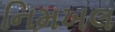
નિમખલ